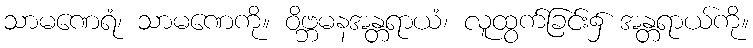
သာမဏေရံ၊ သာမဏေကို။ ဝိဗ္ဘမနအန္တရာယံ၊ လူထွက်ခြင်း၌ အန္တရာယ်ကို။